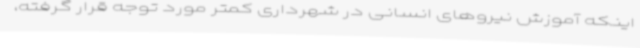
اینکه آموزش نیروهای انسانی در شهرداری کمتر مورد توجه قرار گرفته،